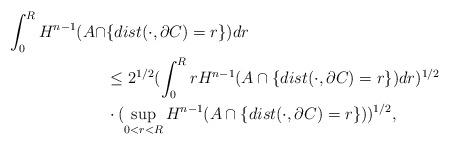
LaTeX: \begin{align*}\int_0^RH^{n-1}(A\cap &\{dist(\cdot, \partial C)=r\})dr\\&\le 2^{1/2}(\int_0^RrH^{n-1}(A\cap \{dist(\cdot, \partial C)=r\})dr)^{1/2}\\&\cdot (\sup_{0<r<R}H^{n-1}(A\cap \{dist(\cdot,\partial C)=r\}))^{1/2},\end{align*}